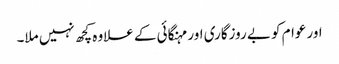
اور عوام کو بے روزگاری اور مہنگائی کے علاوہ کچھ نہیں ملا۔